Vana-Kasaritsa_(Kasaritsa)_vallavalitsus, lk 46
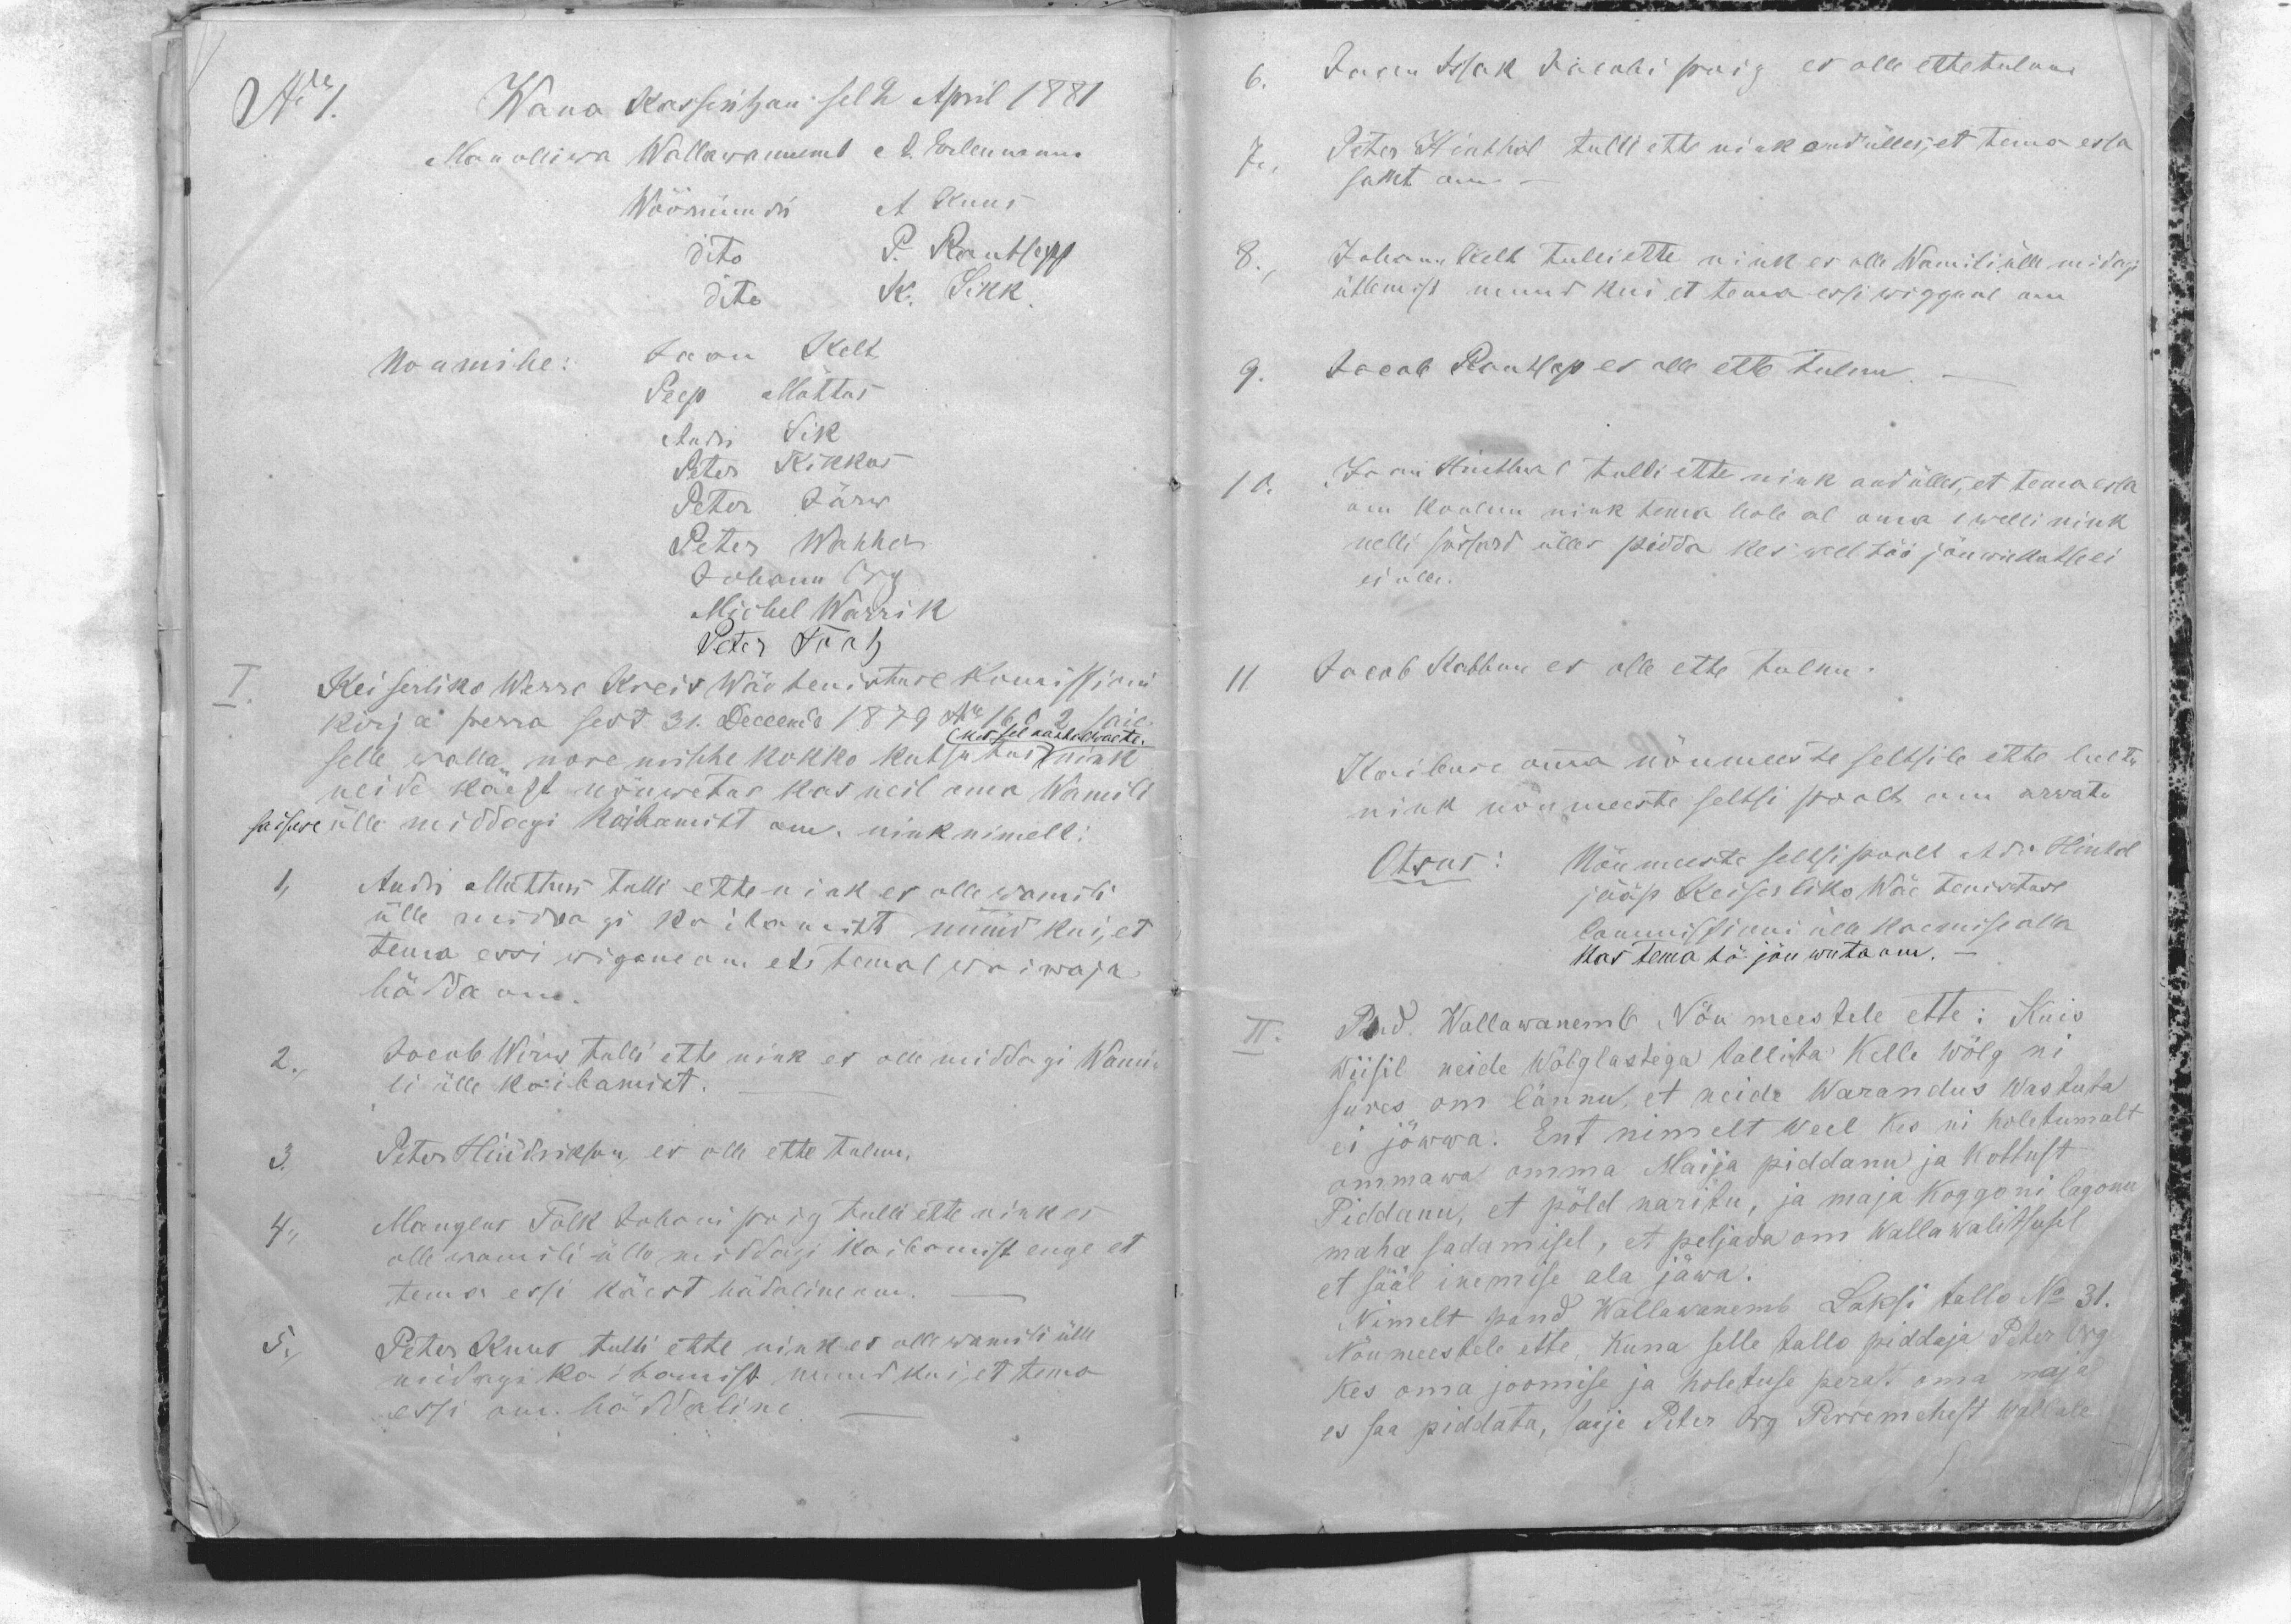
No 1.
Wana Kasseritzan sel 2 April 1881
Man olliwa Wallawanemb A. Erlemann
Wöörmündri A. Kuus
dito P. Rautsepp
dito K. Sikk.
Noumihe:
Jaan Kelt
Peep Mõttus
Andri Sik
Peter Kikkas
Peter Järw
Peter Wahher
Johann Org
Michel Warrik
Peter Tootz
I. Keiserliko Werro Kreis Wäe tenistuse Komissioni
kirja perra sest 31. Decemb 1879 No 1602 saie
mes sel aastal woete.
selle walla noremihhe kokko kutsutus nink
neide käest nõuwetas kas neil oma Wamili
saisuse ülle middagi kaibamist om. nink nimelt:
1, Andri Mõttus tulli ette nink es olle wamili
ülle middagi kaibamist muud kui, et
tema essi wigane om et temal waiwaja
hädda om.
2., Jacob Wirw tulli ette nink es olle middagi Wami-
li ülle kaibamist. _
3., Peter Hindrikson, es olle ette tulnu.
4.,  Manglus Tolk Johani poig tulli ette nink es
olle wamili ülle middagi kaibamist enge et
tema essi käest hädaline om. -
5., Peter Kuus tulli ette nink es olle wamili ülle
midagi kaibamist muud kui, et tema
essi om häddaline. -

6. Jaan Issak Jacobi poig es olle ettetulnu
7., Peter Hinthal tulli ette nink and ülles, et tema essa
samt om. -
8., Johann Kelt tulli ette nink es olle Wamili ülle midagi
ütlemist muud kui et tema essi wiggane om
9. Jacob Rautsep es olle ette tulnu.
10. Jaan Hinthal tulli ette nink and ülles, et tema essa
om koolnu nink tema hole al oma 1 welli nink
nelli sõssard ülles pidda kes weel töö jõu wiskatse ei
ei olle.
11. Jacob Kabbun es olle ette tulnu.
Kaibuse omma nõumeeste seltsile ette loetu
nink nõumeeste seltsi poolt om arwatu
Otsus: Nõumeeste seltsi poolt Adi Hintal
jääp Keiserliko Wäe tenistuse
Commissioni ülle kaemise alla
Kas tema tö jõu wota om. -
Pand Wallawanemb Nõu meestele ette: Kuis
wiisil neide Wõlglastega tallita Kelle wõlg ni
sures om lännu, et neide Warandus wastuta
ei jõwwa. Ent nimelt weel kes ni holetumalt
ommawa omma Maija piddanu ja Kottust
Piddanu, et põld naritu, ja maja koggoni lagonu
maha sadamisel, et peljada om Wallawalitsusel
et sääl inemise ala jäwa.
Nimelt pand Wallawanemb Laksi tallo No 31.
Nõumeestele ette, Kuna selle tallo piddaja Peter Org
kes oma joomise ja holetuse perast oma maja
es saa piddata, saije Peter Org Perremehest wallale.

II.